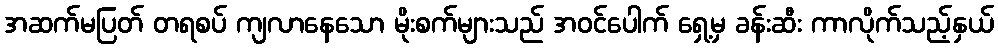
အဆက်မပြတ် တရစပ် ကျလာနေသော မိုးစက်များသည် အဝင်ပေါက် ရှေ့မှ ခန်းဆီး ကာလိုက်သည့်နှယ်